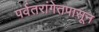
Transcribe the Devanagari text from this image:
पर्वतरांगेतपासून